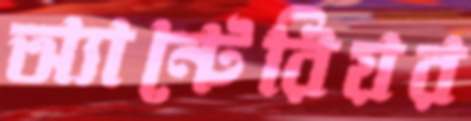
অ্যান্টেরিয়র